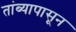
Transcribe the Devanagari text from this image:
तांब्यापासून